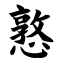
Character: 憝